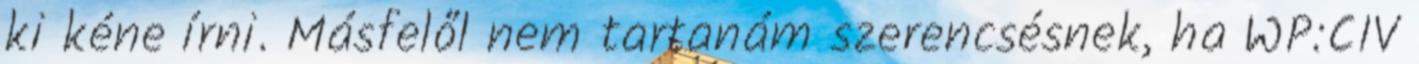
ki kéne írni. Másfelől nem tartanám szerencsésnek, ha WP:CIV